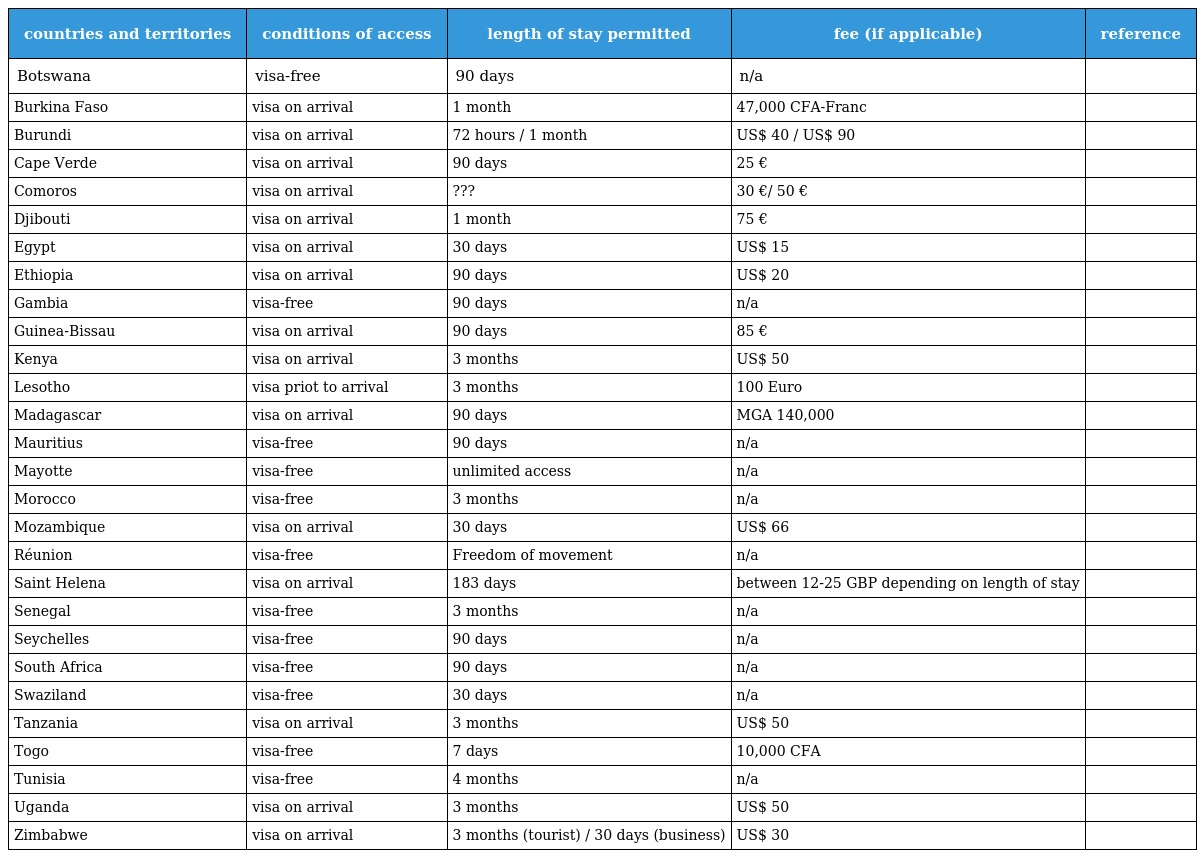
| countries and territories | conditions of access | length of stay permitted | fee (if applicable) | reference |
 | --- | --- | --- | --- | --- |
 | Botswana | visa-free | 90 days | n/a |  |
 | Burkina Faso | visa on arrival | 1 month | 47,000 CFA-Franc |  |
 | Burundi | visa on arrival | 72 hours / 1 month | US$ 40 / US$ 90 |  |
 | Cape Verde | visa on arrival | 90 days | 25 € |  |
 | Comoros | visa on arrival | ??? | 30 €/ 50 € |  |
 | Djibouti | visa on arrival | 1 month | 75 € |  |
 | Egypt | visa on arrival | 30 days | US$ 15 |  |
 | Ethiopia | visa on arrival | 90 days | US$ 20 |  |
 | Gambia | visa-free | 90 days | n/a |  |
 | Guinea-Bissau | visa on arrival | 90 days | 85 € |  |
 | Kenya | visa on arrival | 3 months | US$ 50 |  |
 | Lesotho | visa priot to arrival | 3 months | 100 Euro |  |
 | Madagascar | visa on arrival | 90 days | MGA 140,000 |  |
 | Mauritius | visa-free | 90 days | n/a |  |
 | Mayotte | visa-free | unlimited access | n/a |  |
 | Morocco | visa-free | 3 months | n/a |  |
 | Mozambique | visa on arrival | 30 days | US$ 66 |  |
 | Réunion | visa-free | Freedom of movement | n/a |  |
 | Saint Helena | visa on arrival | 183 days | between 12-25 GBP depending on length of stay |  |
 | Senegal | visa-free | 3 months | n/a |  |
 | Seychelles | visa-free | 90 days | n/a |  |
 | South Africa | visa-free | 90 days | n/a |  |
 | Swaziland | visa-free | 30 days | n/a |  |
 | Tanzania | visa on arrival | 3 months | US$ 50 |  |
 | Togo | visa-free | 7 days | 10,000 CFA |  |
 | Tunisia | visa-free | 4 months | n/a |  |
 | Uganda | visa on arrival | 3 months | US$ 50 |  |
 | Zimbabwe | visa on arrival | 3 months (tourist) / 30 days (business) | US$ 30 |  |